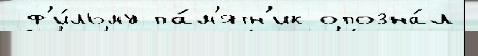
 ф'и́льму па́м'ятн'ик опозна́л